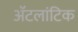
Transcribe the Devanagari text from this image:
ॲटलांटिक